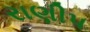
રાણીપ